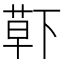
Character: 𮏱